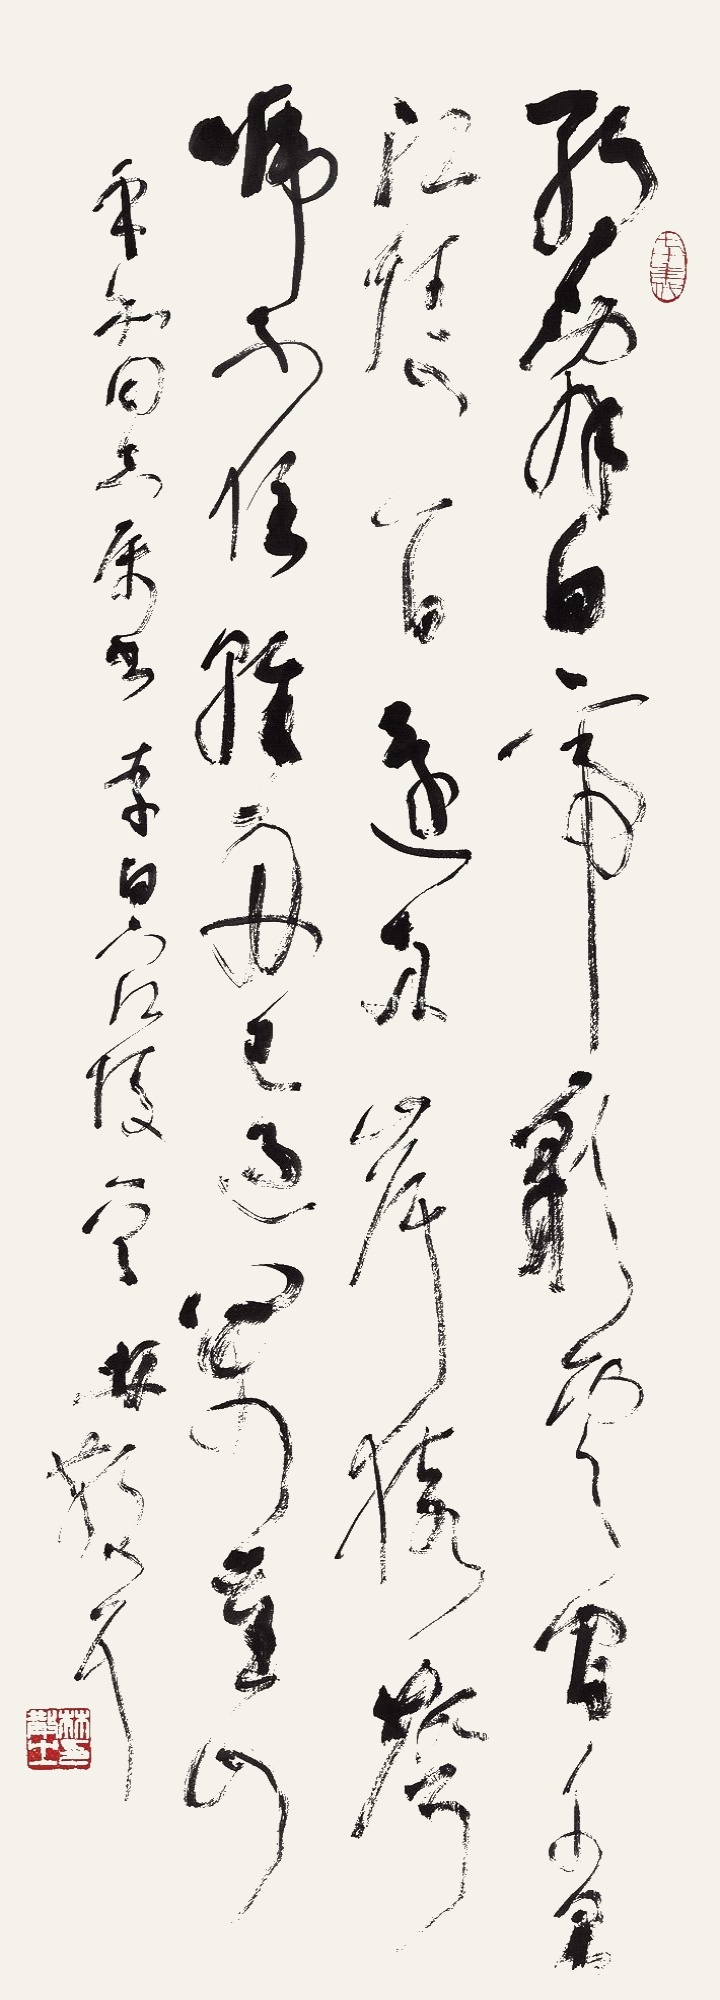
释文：朝辞白帝彩云间，千里江陵一日还。两岸猿声啼不住，轻舟已过万重山。乎加同志属书。李白《下江陵》一首。林散耳。